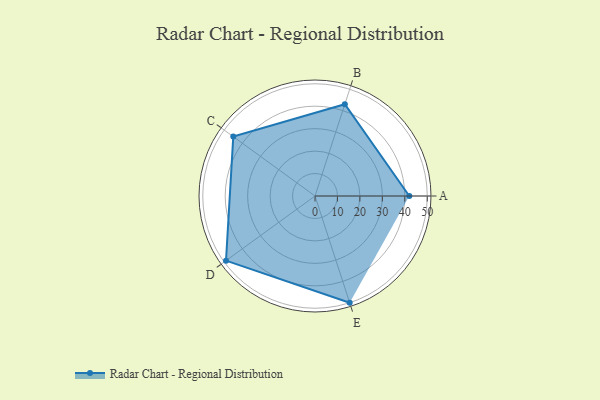
{"axis": {"x": "Skill", "y": "Score"}, "legend": ["Profile"], "data": [{"x": "A", "y": 42.0, "type": "Profile"}, {"x": "B", "y": 43.0, "type": "Profile"}, {"x": "C", "y": 45.0, "type": "Profile"}, {"x": "D", "y": 49.0, "type": "Profile"}, {"x": "E", "y": 50.0, "type": "Profile"}]}